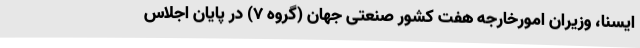
ایسنا، وزیران امورخارجه هفت کشور صنعتی جهان (گروه ۷) در پایان اجلاس